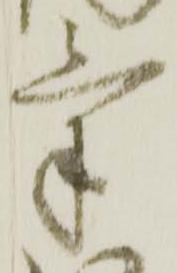
気